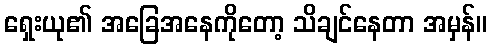
ရှေးယု၏ အခြေအနေကိုတော့ သိချင်နေတာ အမှန်။